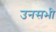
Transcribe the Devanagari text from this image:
उनसभी